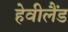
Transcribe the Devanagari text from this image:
हेवीलैंड